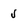
Character: 5